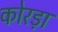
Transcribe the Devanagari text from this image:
कोरड़ा